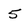
Character: 5